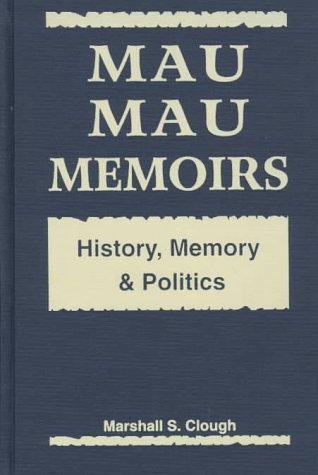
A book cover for Mau Mau Memoirs: History, Memory, and Politics; Marshall S. Clough; History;